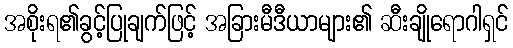
အစိုးရ၏ခွင့်ပြုချက်ဖြင့် အခြားမီဒီယာများ၏ ဆီးချိုရောဂါရှင်